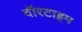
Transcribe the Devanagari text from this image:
वॉरटाइम